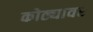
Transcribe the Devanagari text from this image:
कोठ्यावर